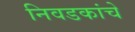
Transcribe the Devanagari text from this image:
निवडकांचे